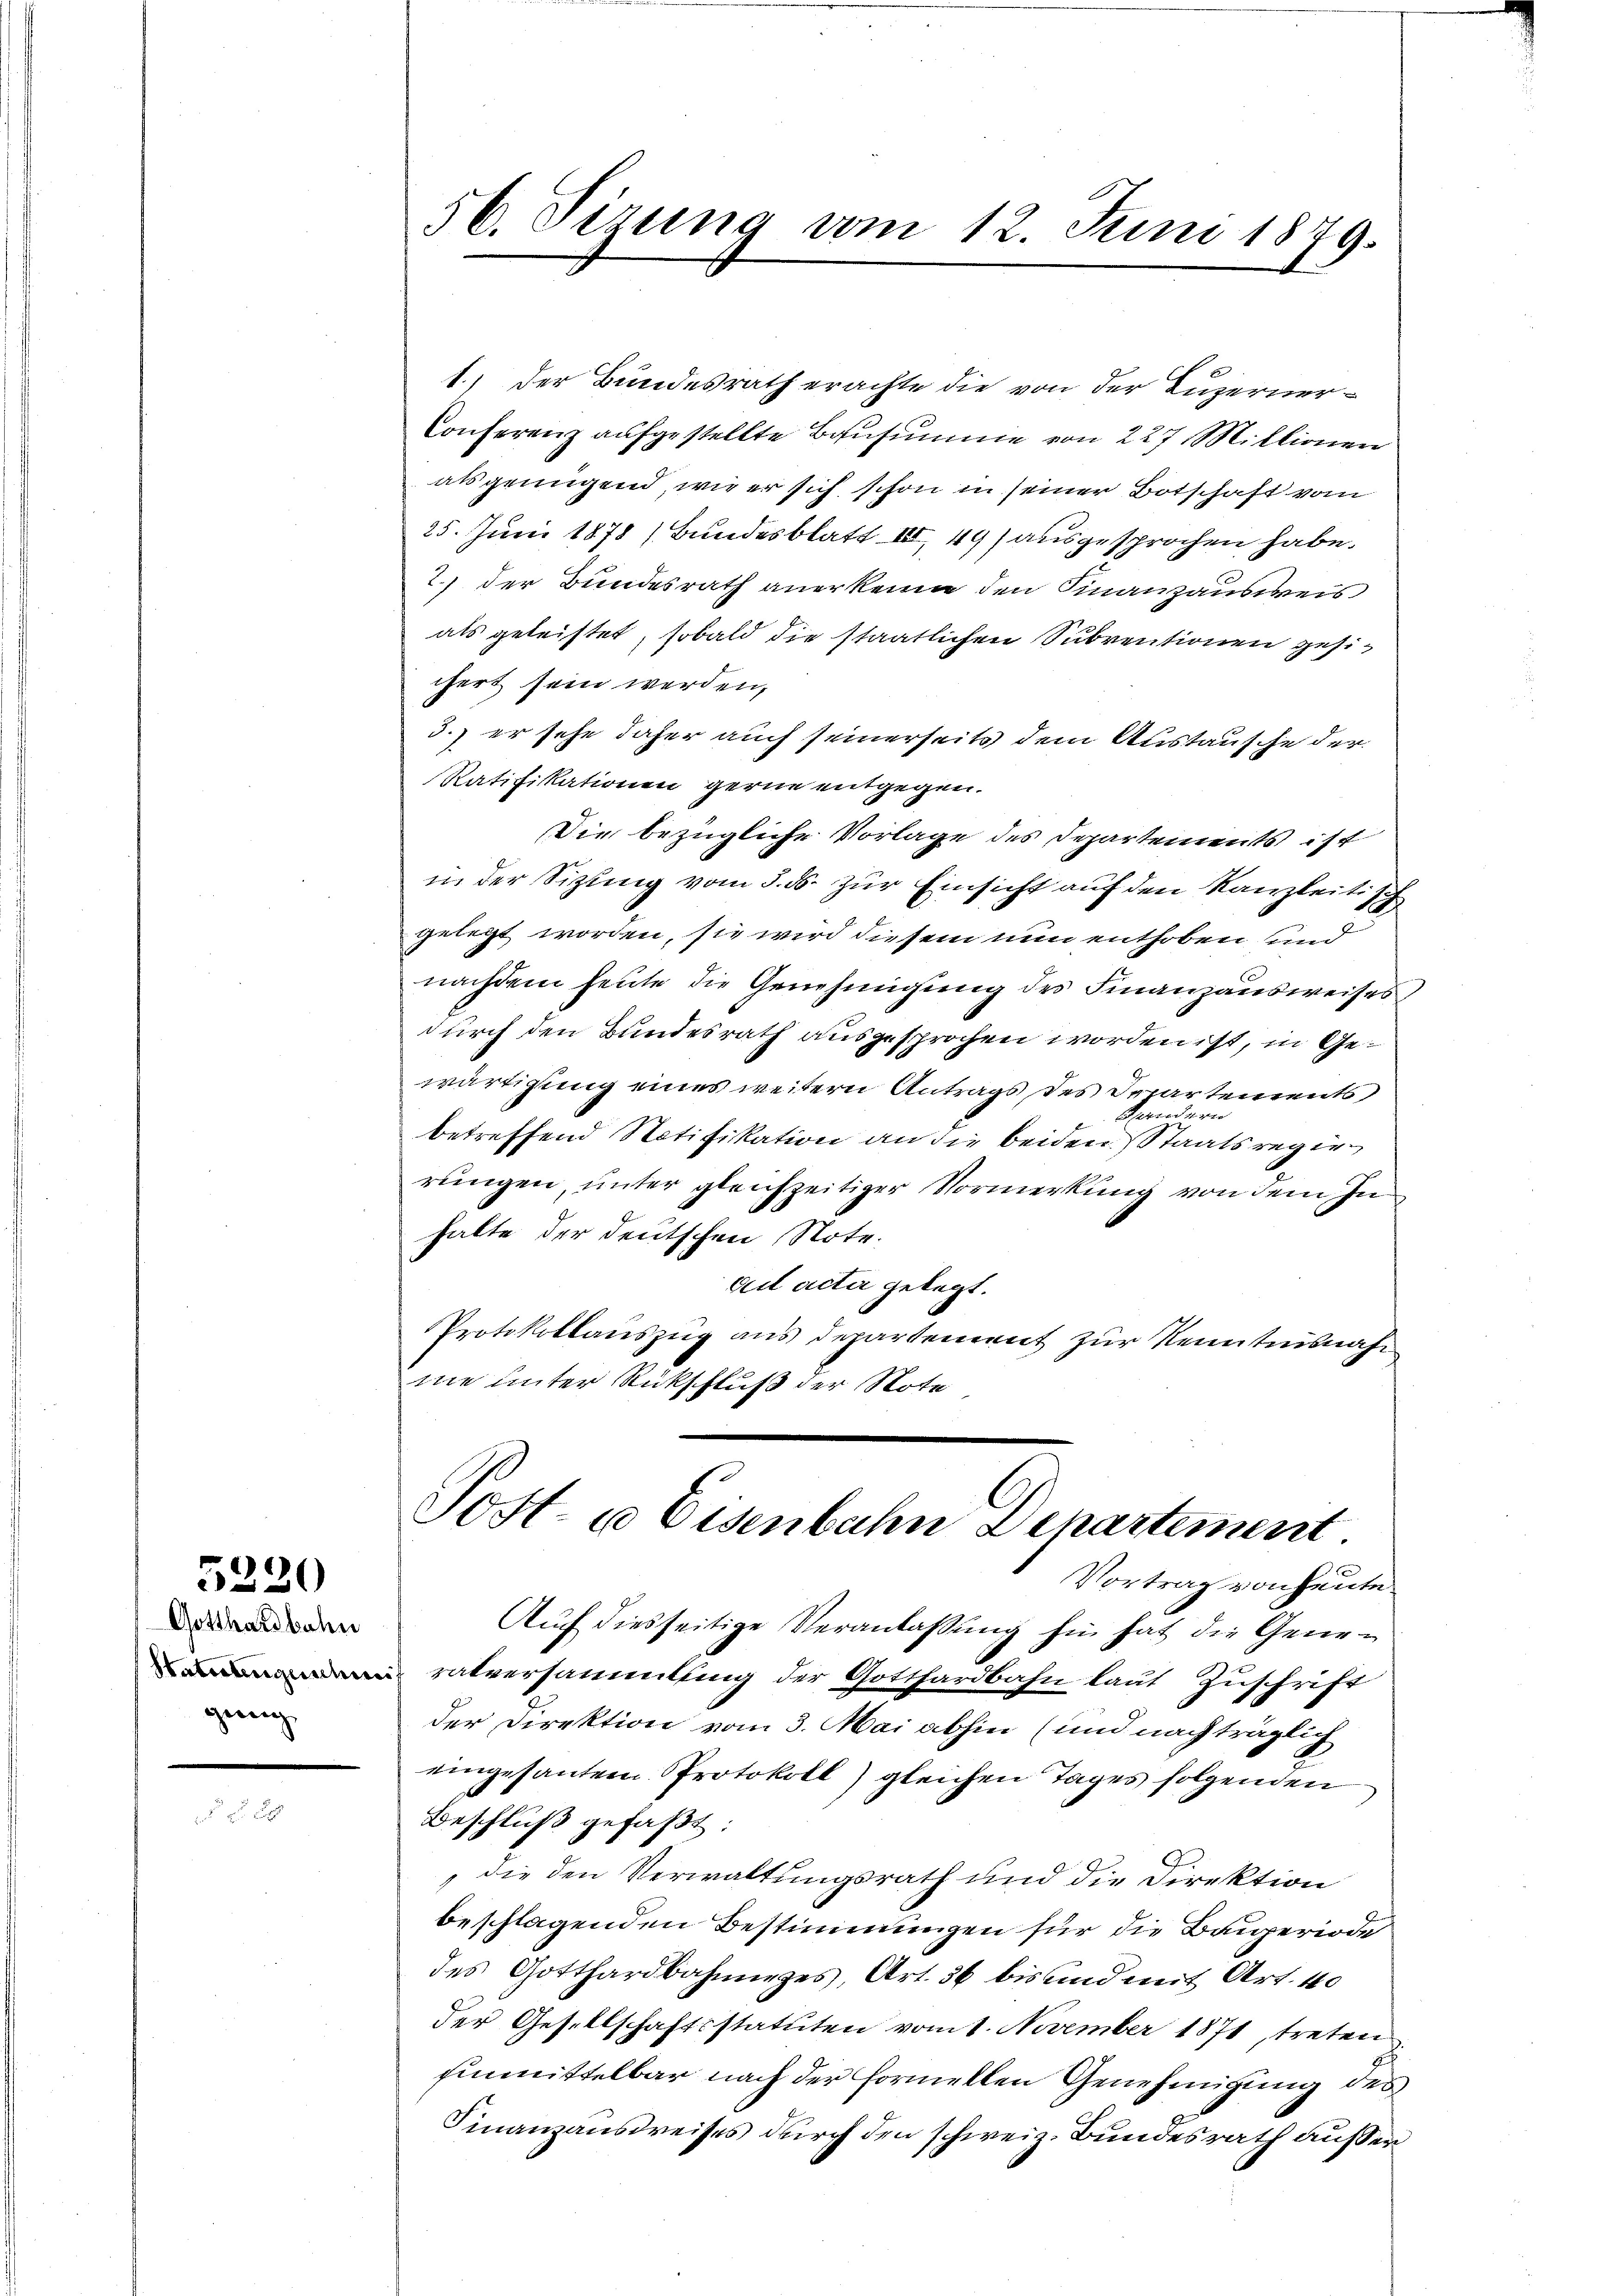
Gotthardbahn
Stattengeschie
genug

5230

1.) Der Bundesrath erachte die von der Luzerner¬
Conferenz aufgestellte Bausumme von 227 Millionen
als genügend, wie er sich schon in seiner Botschaft vom
25. Juni 1878 (Bundesblatt III 49) ausgesprochen habe.
2.) der Bundesrath anerkenn den Finanzausweis
als geleistet, sobald die staatlichen Subventionen gesichert sein werden,
3. er sehe daher auch seinerseits dem Austausche der
Ratifikationen gerne entgegen.
Die bezügliche Vorlage des Departements ist
in der Sitzung vom 5. ds. zur Einsicht auf den Kanzleitisch
gelegt worden, sie wird diesem nun enthoben und
nachdem heute die Genehmigung des Finanzausweises
durch den Bundesrath ausgesprochen worden ist, in Gewärtigung eines weitern Antrags des Departements
erndern
betreffend Notifikation an die beiden Staatsregierungen, unter gleichzeitiger Vormerkung von dem Inhalte der deutschen Note.
ad acter gelegt.
Protokollauszug aus departement zur Kenntnisnahm
me unter Rückschluß der Note

56. Sizung vom 12. Juni 1879.

Post- u Eisenbahn Departement.
Vortrag von heute

Aŭf diesseitige Veranlassŭng hin hat die Gene-
ratversammlung der Gotthardbahn laut Zuschrift
der Direktion vom 3. Mai abhin (und nachträglich
eingesantem Protokoll) gleichen Tages folgenden
Beschluß gefaßt:
die den Verwaltungsrath und die Direktion
beschlagenden Bestimmungen für die Bauperiode
des Gotthardbahnunges, Art. 36 bis und mit Art. 40
der Gesellschaftsstatuten vom 1. November 1871, treten
Einmittelbar nach der formellen Genehmigung des
Finanzausdreises durch den schweiz. Bundesrath ausser